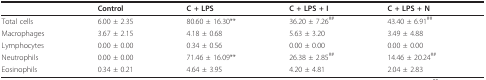
<table><thead><tr><td>[EMPTY_CELL]</td><td><b>Control</b></td><td><b>C + LPS</b></td><td><b>C + LPS + I</b></td><td><b>C + LPS + N</b></td></tr></thead><tbody><tr><td>Total cells</td><td>6.00 ± 2.35</td><td>80.60 ± 16.30**</td><td>36.20 ± 7.26<sup>##</sup></td><td>43.40 ± 6.91<sup>##</sup></td></tr><tr><td>Macrophages</td><td>3.67 ± 2.15</td><td>4.18 ± 0.68</td><td>5.63 ± 3.20</td><td>3.49 ± 4.88</td></tr><tr><td>Lymphocytes</td><td>0.00 ± 0.00</td><td>0.34 ± 0.56</td><td>0.00 ± 0.00</td><td>0.00 ± 0.00</td></tr><tr><td>Neutrophils</td><td>0.00 ± 0.00</td><td>71.46 ± 16.09**</td><td>26.38 ± 2.85<sup>##</sup></td><td>14.46 ± 20.24<sup>##</sup></td></tr><tr><td>Eosinophils</td><td>0.34 ± 0.21</td><td>4.64 ± 3.95</td><td>4.20 ± 4.81</td><td>2.04 ± 2.83</td></tr></tbody></table>